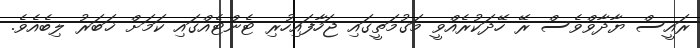
ރައީސް ޔާދާވްވެސް ރޭ ހޭދަކުރެއްވީ މަގުމަތީގައި ޖަހާފައިހުރި ޓެންޓެއްގައި ކަމަށް ޚަބަރު ލިބެއެވެ.